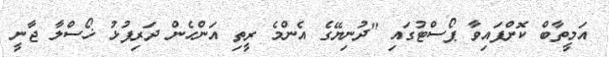
އަމީތާބް ކޮށްފައިވާ ޕޯސްޓުގައި "ދުނިޔޭގެ އެންމެ ރީތި އަންހެން ދަރިފުޅު ޚޯސްލާ ޖާނީ